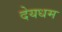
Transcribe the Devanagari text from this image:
देयधम